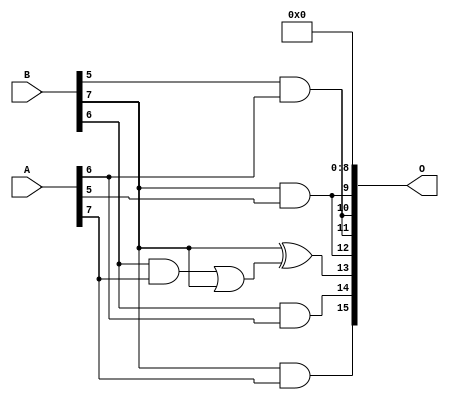
// This program was cloned from: https://github.com/ehw-fit/evoapproxlib
// License: MIT License

/***
* This code is a part of EvoApproxLib library (ehw.fit.vutbr.cz/approxlib) distributed under The MIT License.
* When used, please cite the following article(s): V. Mrazek, R. Hrbacek, Z. Vasicek and L. Sekanina, "EvoApprox8b: Library of approximate adders and multipliers for circuit design and benchmarking of approximation methods". Design, Automation & Test in Europe Conference & Exhibition (DATE), 2017, Lausanne, 2017, pp. 258-261. doi: 10.23919/DATE.2017.7926993 
* This file contains a circuit from a sub-set of pareto optimal circuits with respect to the pwr and mse parameters
***/
// MAE% = 7.41 %
// MAE = 4858 
// WCE% = 25.78 %
// WCE = 16896 
// WCRE% = 300.00 %
// EP% = 99.21 %
// MRE% = 57.81 %
// MSE = 37660.75e3 
// PDK45_PWR = 0.0019 mW
// PDK45_AREA = 15.5 um2
// PDK45_DELAY = 0.10 ns

module mul8u_17C8 (
    A,
    B,
    O
);

input [7:0] A;
input [7:0] B;
output [15:0] O;

wire sig_181,sig_223,sig_267,sig_268,sig_303,sig_308,sig_328;

assign sig_181 = B[5] & A[6];
assign sig_223 = B[7] & A[5];
assign sig_267 = B[6] & A[7];
assign sig_268 = B[7] & A[7];
assign sig_303 = sig_267 | B[7];
assign sig_308 = B[6] & A[6];
assign sig_328 = B[7] ^ sig_303;

assign O[15] = sig_268;
assign O[14] = sig_308;
assign O[13] = sig_328;
assign O[12] = sig_223;
assign O[11] = sig_181;
assign O[10] = sig_181;
assign O[9] = sig_223;
assign O[8] = 1'b0;
assign O[7] = 1'b0;
assign O[6] = 1'b0;
assign O[5] = 1'b0;
assign O[4] = 1'b0;
assign O[3] = 1'b0;
assign O[2] = 1'b0;
assign O[1] = 1'b0;
assign O[0] = 1'b0;

endmodule